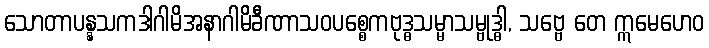
သောတာပန္နသကဒါဂါမိအနာဂါမိခီဏာသဝပစ္စေကဗုဒ္ဓသမ္မာသမ္ဗုဒ္ဓါ, သဗ္ဗေ တေ ဣမေဟေဝ